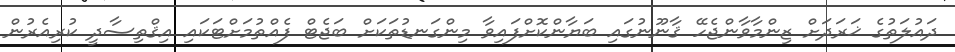
ދައުލަތުގެ ޚަރަދަށް ޒިންމާވާންޖެހޭ ޤާނޫނުގައި ބަޔާންކޮށްފައިވާ މިންގަނޑުތަކަށް ބަޖެޓް ފެއްތުމަށްޓަކައި އިޤްތިސާދީ ކުރިއެރުން